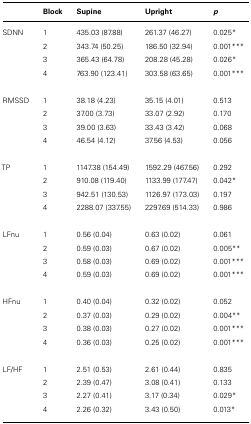
<table><thead><tr><td></td><td><b>Block</b></td><td><b>Supine</b></td><td><b>Upright</b></td><td><b><i>p</i></b></td></tr></thead><tbody><tr><td>SDNN</td><td>1</td><td>435.03 (87.88)</td><td>261.37 (46.27)</td><td>0.025<sup>*</sup></td></tr><tr><td></td><td>2</td><td>343.74 (50.25)</td><td>186.50 (32.94)</td><td>0.001<sup>***</sup></td></tr><tr><td></td><td>3</td><td>365.43 (64.78)</td><td>208.28 (45.28)</td><td>0.026<sup>*</sup></td></tr><tr><td></td><td>4</td><td>763.90 (123.41)</td><td>303.58 (63.65)</td><td>0.001<sup>***</sup></td></tr><tr><td>RMSSD</td><td>1</td><td>38.18 (4.23)</td><td>35.15 (4.01)</td><td>0.513</td></tr><tr><td></td><td>2</td><td>37.00 (3.73)</td><td>33.07 (2.92)</td><td>0.170</td></tr><tr><td></td><td>3</td><td>39.00 (3.63)</td><td>33.43 (3.42)</td><td>0.068</td></tr><tr><td></td><td>4</td><td>46.54 (4.12)</td><td>37.56 (4.53)</td><td>0.056</td></tr><tr><td>TP</td><td>1</td><td>1147.38 (154.49)</td><td>1592.29 (467.56)</td><td>0.292</td></tr><tr><td></td><td>2</td><td>910.08 (119.40)</td><td>1133.99 (177.47)</td><td>0.042<sup>*</sup></td></tr><tr><td></td><td>3</td><td>942.51 (130.53)</td><td>1126.97 (173.03)</td><td>0.197</td></tr><tr><td></td><td>4</td><td>2288.07 (337.55)</td><td>2297.69 (514.33)</td><td>0.986</td></tr><tr><td>LFnu</td><td>1</td><td>0.56 (0.04)</td><td>0.63 (0.02)</td><td>0.061</td></tr><tr><td></td><td>2</td><td>0.59 (0.03)</td><td>0.67 (0.02)</td><td>0.005<sup>**</sup></td></tr><tr><td></td><td>3</td><td>0.58 (0.03)</td><td>0.69 (0.02)</td><td>0.001<sup>***</sup></td></tr><tr><td></td><td>4</td><td>0.59 (0.03)</td><td>0.69 (0.02)</td><td>0.001<sup>***</sup></td></tr><tr><td>HFnu</td><td>1</td><td>0.40 (0.04)</td><td>0.32 (0.02)</td><td>0.052</td></tr><tr><td></td><td>2</td><td>0.37 (0.03)</td><td>0.29 (0.02)</td><td>0.004<sup>**</sup></td></tr><tr><td></td><td>3</td><td>0.38 (0.03)</td><td>0.27 (0.02)</td><td>0.001<sup>***</sup></td></tr><tr><td></td><td>4</td><td>0.36 (0.03)</td><td>0.25 (0.02)</td><td>0.001<sup>***</sup></td></tr><tr><td>LF/HF</td><td>1</td><td>2.51 (0.53)</td><td>2.61 (0.44)</td><td>0.835</td></tr><tr><td></td><td>2</td><td>2.39 (0.47)</td><td>3.08 (0.41)</td><td>0.133</td></tr><tr><td></td><td>3</td><td>2.27 (0.41)</td><td>3.17 (0.34)</td><td>0.029<sup>*</sup></td></tr><tr><td></td><td>4</td><td>2.26 (0.32)</td><td>3.43 (0.50)</td><td>0.013<sup>*</sup></td></tr></tbody></table>